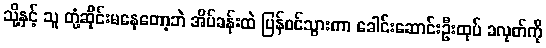
သို့နှင့် သူ တုံ့ဆိုင်းမနေတော့ဘဲ အိပ်ခန်းထဲ ပြန်ဝင်သွားကာ ခေါင်းဆောင်းဦးထုပ် ခလုတ်ကို